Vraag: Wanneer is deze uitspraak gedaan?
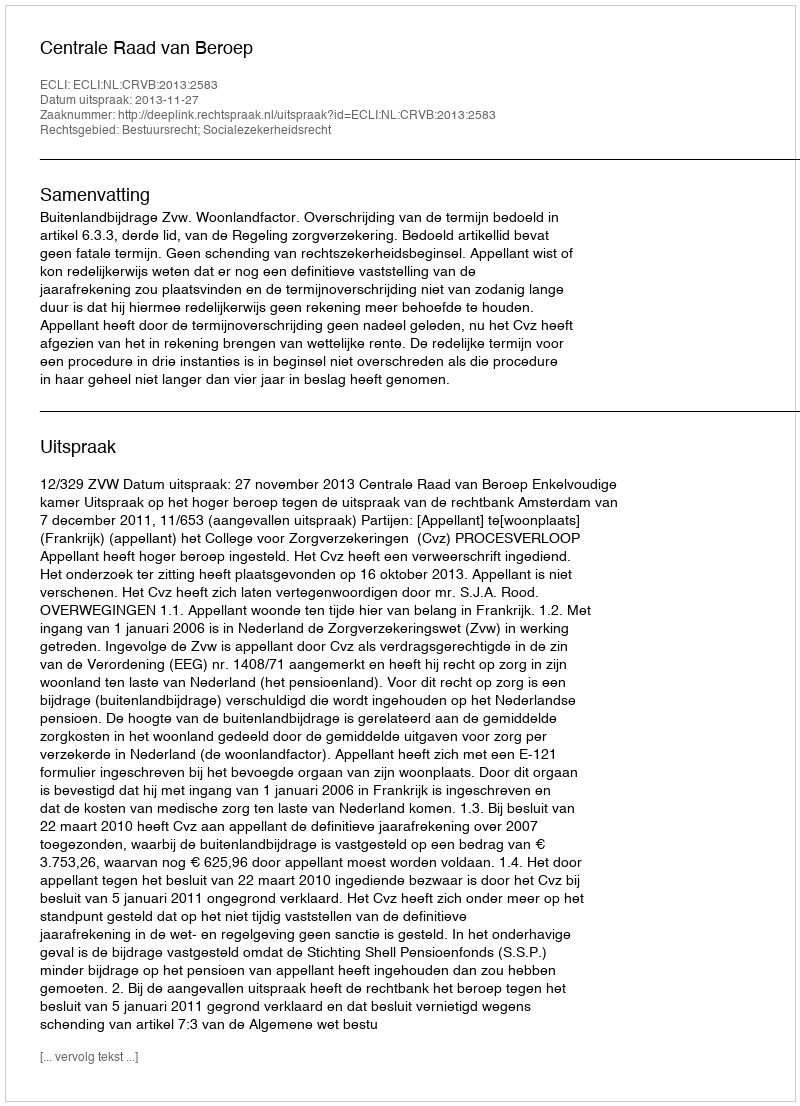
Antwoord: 2013-11-27